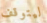
ليتوقف